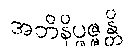
အဘိနိပ္ဖဇ္ဇန္တိ